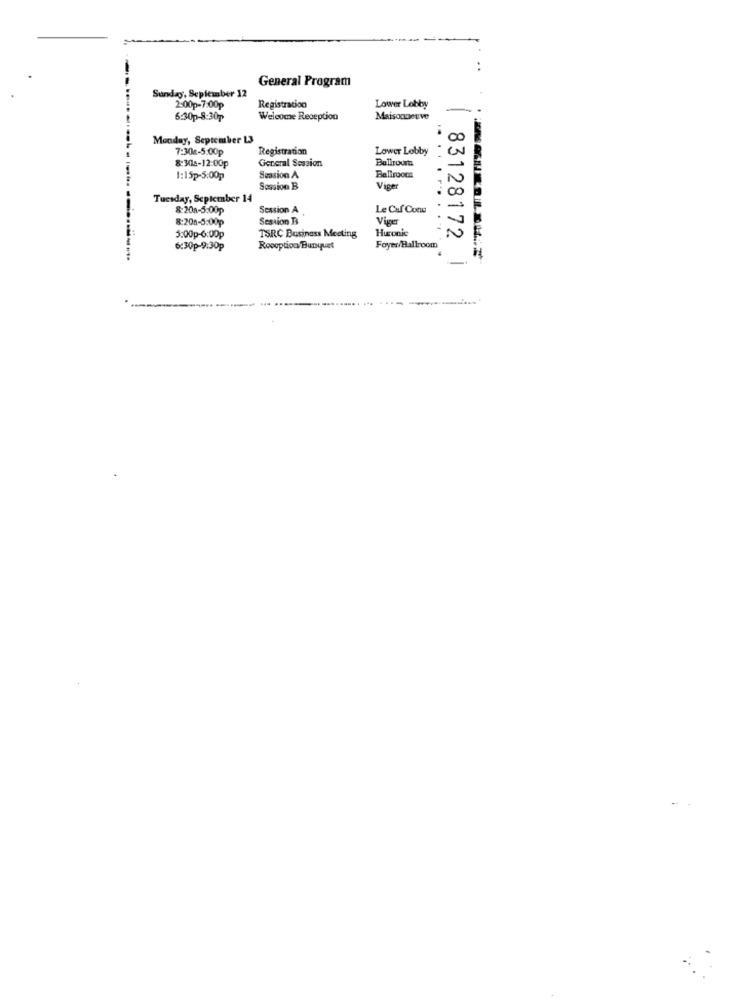
General Program
Sunday, September 12
2:00p-7:00p
Registration
Lower Lobby
6:30p-8:30p
Welcome Reception
Maisonneuve
Monday, September 13
7:304-5:00p
Registration
Lower Lobby
8:3018-12:00p
General Session
Bullroura
-
1:15p-5:00p
Session A
Ballroom
Session B
Viser
Tuesday, September 14
8:208-5:00p
Session A
Le Caf Cono
-
8:208-5:00p
Session B
5
Huronic
N
5:00p-6:00p
TSRC Business Meeting
83128172
6:30p-9:30p
Roooption Bunqust
Foyer/Ballroom